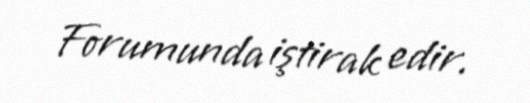
Forumunda iştirak edir.